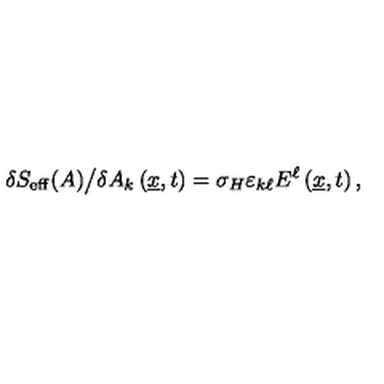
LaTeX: \delta S _ { \mathrm { e f f } } ( A ) \big / \delta A _ { k } \left( \underline { { x } } , t \right) = \sigma _ { H } \varepsilon _ { k \ell } E ^ { \ell } \left( \underline { { x } } , t \right) ,